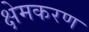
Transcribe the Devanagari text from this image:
क्षेमकरण